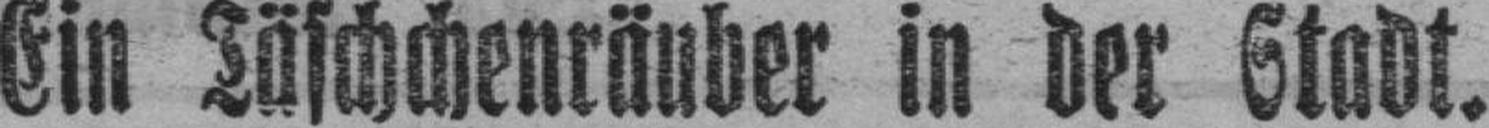
Ein Täschchenräuber in der Stadt.